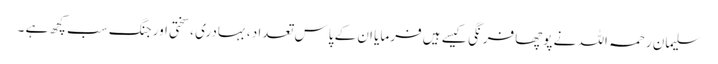
سلیمان رحمہ اللہ نے پوچھا فرنگی کیسے ہیں فرمایا ان کے پاس تعداد ، بہادری ، سختی اور جنگ سب کچھ ہے ۔